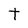
Character: t